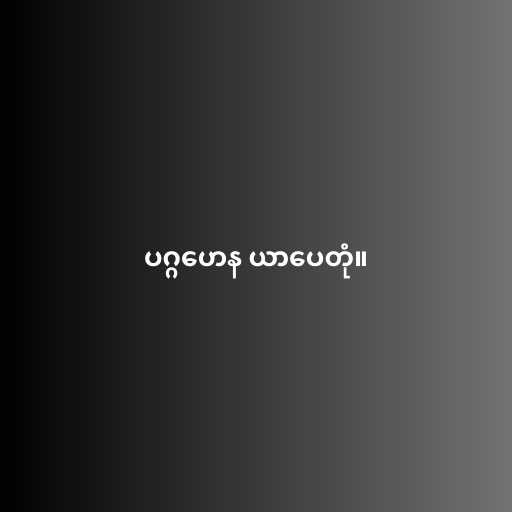
ပဂ္ဂဟေန ယာပေတုံ။